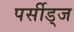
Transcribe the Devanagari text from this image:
पर्सीड्‌ज